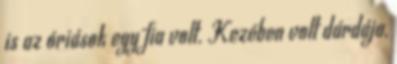
is az óriások egy fia volt. Kezében volt dárdája,